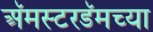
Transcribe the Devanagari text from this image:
अॅमस्टरडॅमच्या